Standardisation of Calmette's anti-venomous serum with pure cobra venom - Number 1
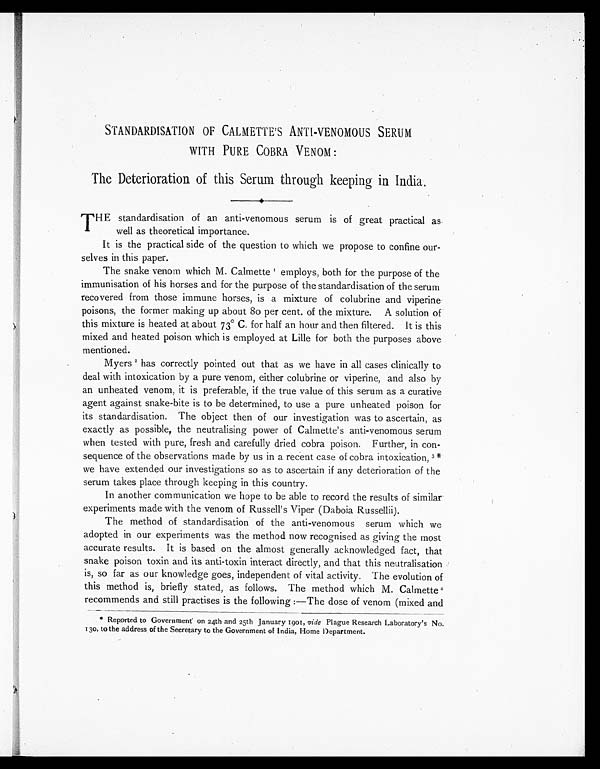
STANDARDISATION OF CALMETTE'S ANTI-VENOMOUS SERUM
WITH PURE COBRA VENOM :
The Deterioration of this Serum through keeping in India.
THE standardisation of an anti-venomous serum is of great practical as
well as theoretical importance.
It is the practical side of the question to which we propose to confine our-
-selves in this paper.
The snake venom which M. Calmette 1 employs, both for the purpose of the
immunisation of his horses and for the purpose of the standardisation of the serum
recovered from those immune horses, is a mixture of colubrine and viperine
poisons, the former making up about 80 per cent. of the mixture
. A solution of
this mixture is heated at about 73° C. for half an hour and then filtered. It is this
mixed and heated poison which is employed at Lille for both the purposes above
mentioned.
Myers 2 has correctly pointed out that as we have in all cases clinically to
deal with intoxication by a pure venom, either colubrine or viperine, and also by
an unheated venom, it is preferable, if the true value of this serum as a curative
agent against snake-bite is to be determined, to use a pure unheated poison for
its standardisation. The object then of our investigation was to ascertain, as
exactly as possible, the neutralising power of Calmette's anti-venomous serum
when tested with pure, fresh and carefully dried cobra poison. Further, in con-
sequence of the observations made by us in a recent case of cobra intoxication, 3"
we have extended our investigations so as to ascertain if any deterioration of the
serum takes place through keeping in this country.
In another communication we hope to be able to record the results of similar
experiments made with the venom of Russell's Viper (Daboia Russellii).
The method of standardisation of the anti-venomous serum which we
adopted in our experiments was the method now recognised as giving the most
accurate results. It is based on the almost generally acknowledged fact, that
snake poison toxin and its anti-toxin interact directly, and that this neutralisation
is, so far as our knowledge goes, independent of vital activity. The evolution of
this method is, briefly stated, as follows. The method which M. Calmette4
recommends and still practises is the following :—The dose of venom (mixed and
* Reported to Government' on 24th and 25th January 1901, vide Plague Research Laboratory's No.
130, to the address of the Secretary to the Government of India, Home Department.